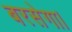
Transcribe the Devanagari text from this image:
बरसेगा।